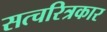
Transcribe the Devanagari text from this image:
सत्चरित्रकार